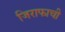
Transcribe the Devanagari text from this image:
जिराफाची